Enquiry on enteric fever in India - Number 32
Disease focus: Fever
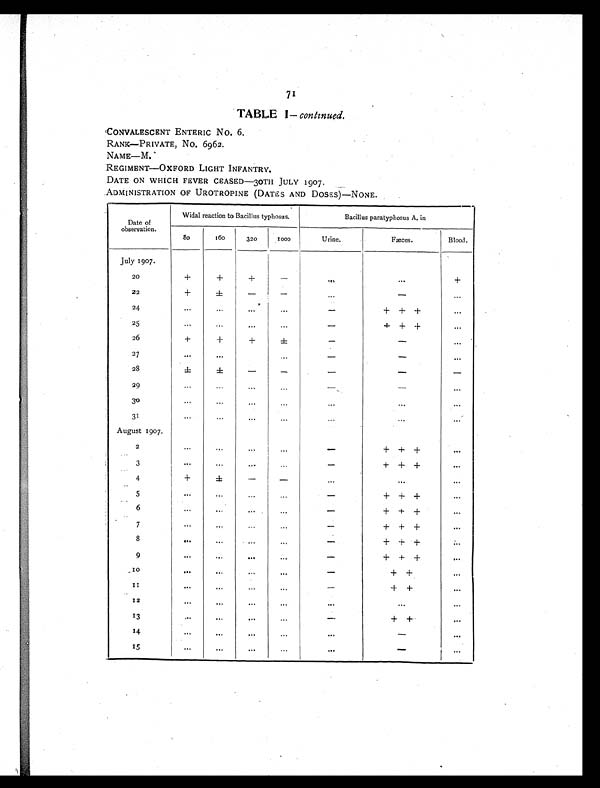
7
1
TABLE I— continued.
CONVALESCENT ENTERIC NO. 6.
RANK—PRIVATE, NO. 6962.
NAME—M.
REGIMENT—OXFORD LIGHT INFANTRY.
DATE ON WHICH FEVER CEASED—30TH JULY 1907.
ADMINISTRATION OF UROTROPINE (DATES AND DOSES)—NONE.
Date of
observation.
Widal reaction to Bacillus typhosus.
Bacillus paratyphosus A. in
80
160
320
1000
Urine.
Fæces.
Blood.
July 1907.
20
+
+
+ -
. . .
...
+
22
+
±
-
-
. . .
-
...
24
...
...
...
...
-
+ + +
. . .
25
...
...
...
...
-
+ + +
. . .
26
+
+
+
±
-
-
...
27
. . .
. . .
. . .
-
-
. . .
28
±
±
-
-
-
- -
29
...
...
...
...
-
-
...
30
...
. . .
. . . ...
...
. . .
. . .
31
...
...
...
...
...
...
...
August 1907.
2
...
...
...
...
-
+ + +
. . .
3
...
...
...
. . .
-
+ + +
. . .
4
+
±
-
-
. . .
. . .
. . .
5
...
...
...
...
-
+ + +
. . .
6
...
...
...
. . .
-
+ + +
...
7
...
. . .
...
...
-
+ + +
...
8
...
...
...
...
-
+ + +
. . .
9
...
. . .
. . .
. . .
-
+ + +
. . .
1 0
. . .
. . .
...
. . .
-
+ +
...
1 1
. . .
. . .
...
...
-
+ +
. . .
12
...
. . .
...
...
...
...
...
13
. . .
. . .
. . . ...
-
+ +
. . .
14
. . .
. . .
. . .
. . .
. . .
- . . .
15
. . .
. . .
...
...
. . .
-
...